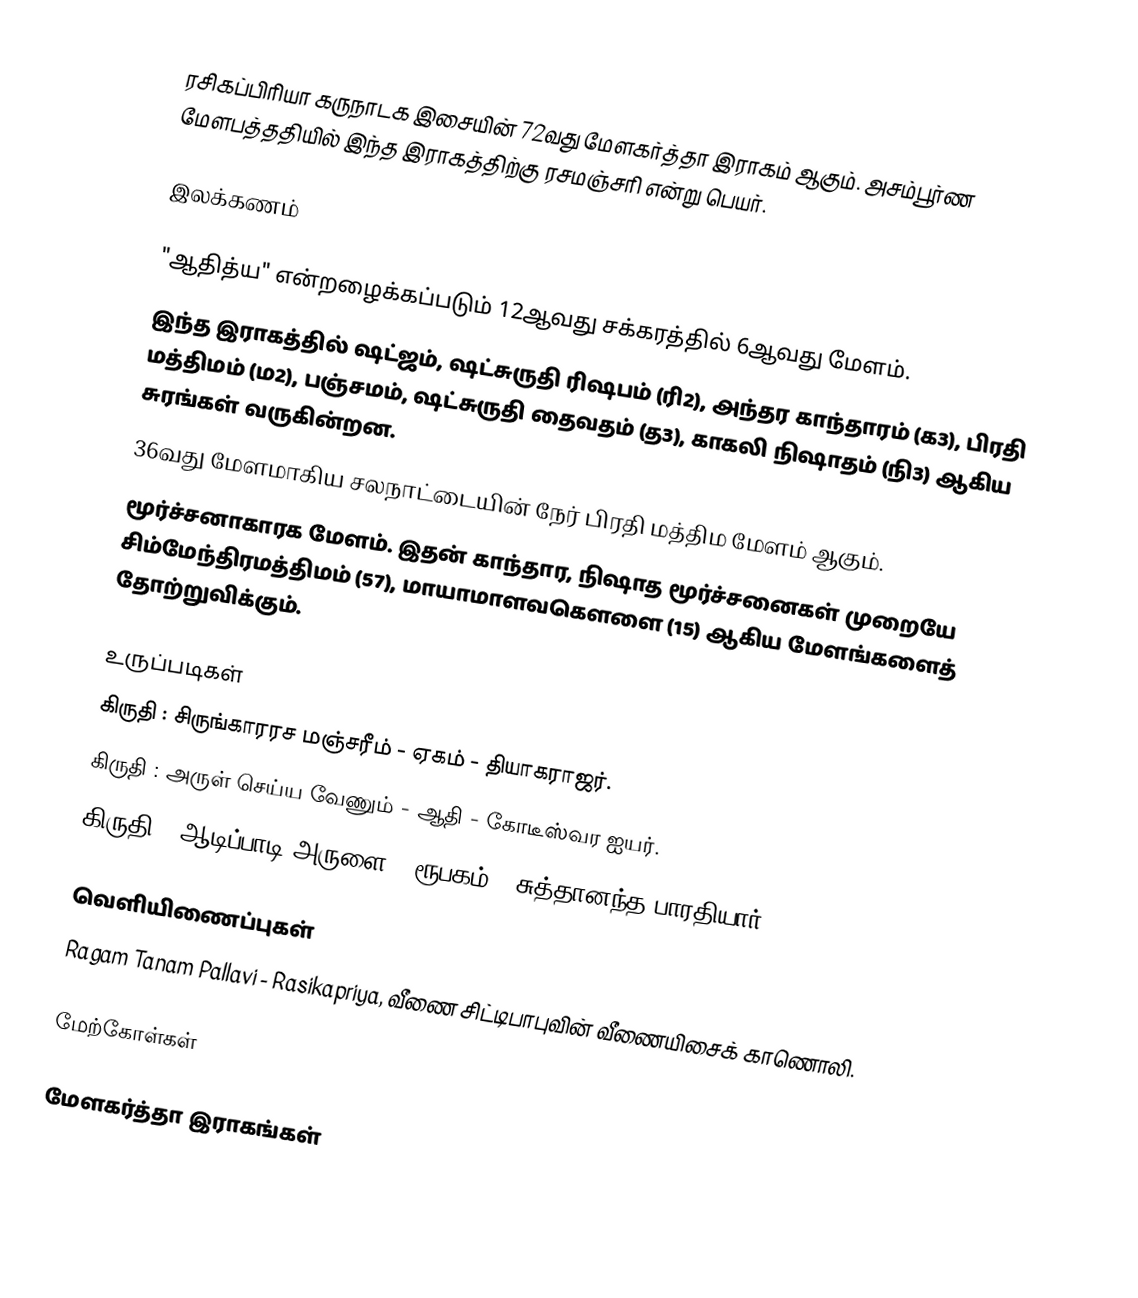
ரசிகப்பிரியா கருநாடக இசையின் 72வது மேளகர்த்தா இராகம் ஆகும். அசம்பூர்ண மேளபத்ததியில் இந்த இராகத்திற்கு ரசமஞ்சரி என்று பெயர்.

இலக்கணம்

 "ஆதித்ய" என்றழைக்கப்படும் 12ஆவது சக்கரத்தில் 6ஆவது மேளம்.
 இந்த இராகத்தில் ஷட்ஜம், ஷட்சுருதி ரிஷபம் (ரி2), அந்தர காந்தாரம் (க3), பிரதி மத்திமம் (ம2), பஞ்சமம், ஷட்சுருதி தைவதம் (த3), காகலி நிஷாதம் (நி3) ஆகிய சுரங்கள் வருகின்றன.
 36வது மேளமாகிய சலநாட்டையின் நேர் பிரதி மத்திம மேளம் ஆகும்.
 மூர்ச்சனாகாரக மேளம். இதன் காந்தார, நிஷாத மூர்ச்சனைகள் முறையே சிம்மேந்திரமத்திமம் (57), மாயாமாளவகௌளை (15) ஆகிய மேளங்களைத் தோற்றுவிக்கும்.

உருப்படிகள்
 கிருதி	: சிருங்காரரச மஞ்சரீம்	- ஏகம்		- தியாகராஜர்.
 கிருதி	: அருள் செய்ய வேணும்	- ஆதி		- கோடீஸ்வர ஐயர்.
 கிருதி	: ஆடிப்பாடி அருளை	- ரூபகம்	- சுத்தானந்த பாரதியார்.

வெளியிணைப்புகள்
 Ragam Tanam Pallavi - Rasikapriya, வீணை சிட்டிபாபுவின் வீணையிசைக் காணொலி.

மேற்கோள்கள்

மேளகர்த்தா இராகங்கள்